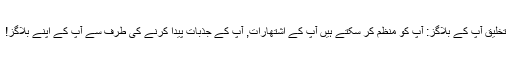
تخلیق آپ کے بلاگز: آپ کو منظم کر سکتے ہیں آپ کے اشتھارات, آپ کے جذبات پیدا کرنے کی طرف سے آپ کے اپنے بلاگز!